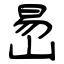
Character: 旵